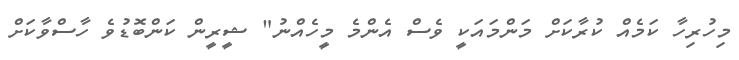
މިހުރިހާ ކަމެއް ކުރާކަށް މަންމައަކީ ވެސް އެންމެ މީހެއްނު" ޝީރީން ކަންބޮޑުވެ ހާސްވާކަށް